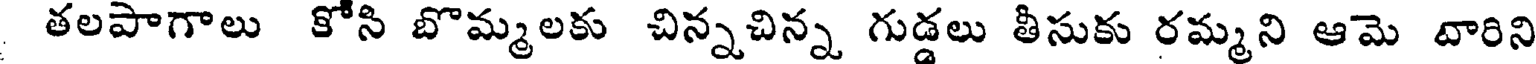
తలపాగాలు కోసి బొమ్మలకు చిన్నచిన్న గుడ్డలు తీసుకు రమ్మని ఆమె దారిని